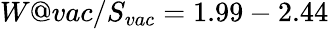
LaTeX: W@vac/S_{vac}=1.99-2.44